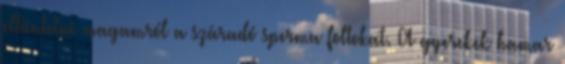
eltüntetni magamról a száradó sperma foltokat. A gyerekek hamar